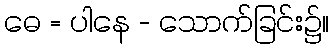
ဓေ = ပါနေ - သောက်ခြင်း၌။